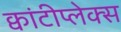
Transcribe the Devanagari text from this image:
क्वांटीप्लेक्स